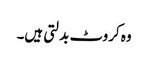
وہ کروٹ بدلتی ہیں۔